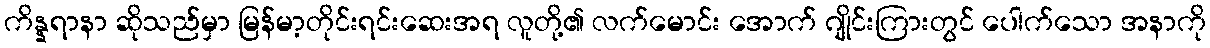
ကိန္နရာနာ ဆိုသည်မှာ မြန်မာ့တိုင်းရင်းဆေးအရ လူတို့၏ လက်မောင်း အောက် ဂျိုင်းကြားတွင် ပေါက်သော အနာကို